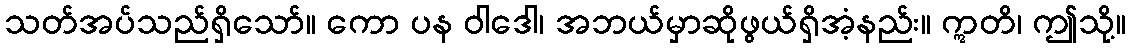
သတ်အပ်သည်ရှိသော်။ ကော ပန ဝါဒေါ၊ အဘယ်မှာဆိုဖွယ်ရှိအံ့နည်း။ ဣတိ၊ ဤသို့။